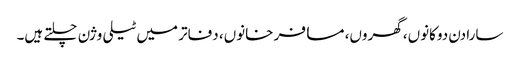
سارا دن دوکانوں، گھروں، مسافر خانوں، دفاتر میں ٹیلی وژن چلتے ہیں۔